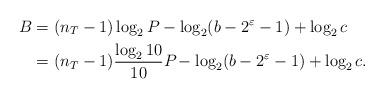
LaTeX: \begin{align*}B & = (n_T - 1 ) \log_2 P - \log_2(b -2^{\varepsilon} -1 ) + \log_2 c \\& = (n_T - 1 ) \frac{\log_2 10}{10} P_{} - \log_2(b-2^{\varepsilon} -1 ) + \log_2 c.\end{align*}